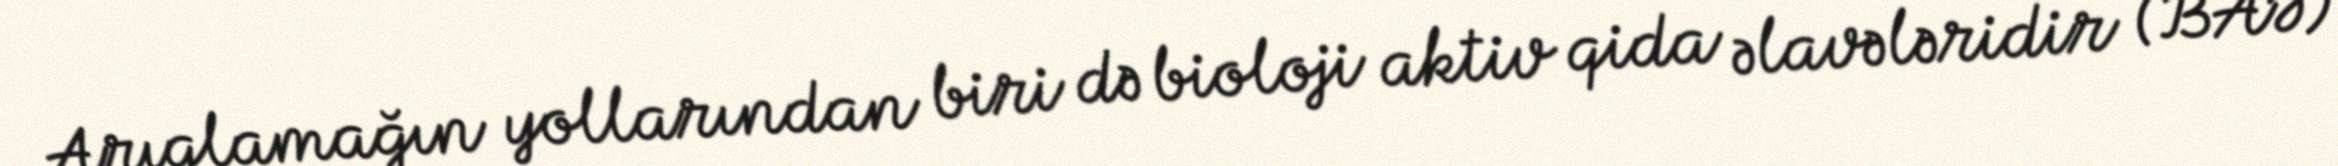
Arıqlamağın yollarından biri də bioloji aktiv qida əlavələridir (BAƏ).